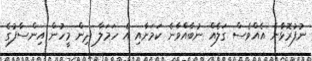
ނުފުރޮޅާނެ އެއްވެސް ގަލެއް ނުބާއްވާނެ ކަމަށާއި އެ ހަމަލާ ދިން މީހުން އިންސާފުގެ